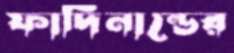
ফার্দিনান্ডের